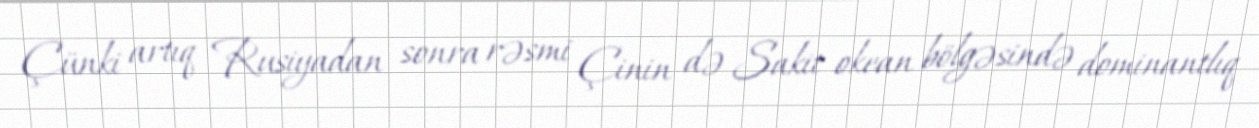
Çünki artıq Rusiyadan sonra rəsmi Çinin də Sakit okean bölgəsində dominantlıq